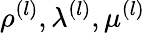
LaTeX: \rho^{(l)},\lambda^{(l)},\mu^{(l)}